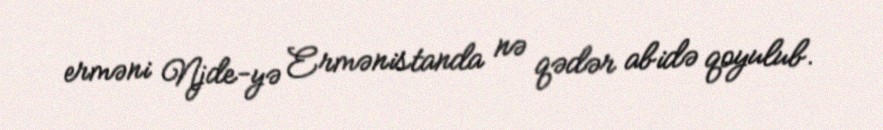
erməni Njde-yə Ermənistanda nə qədər abidə qoyulub.